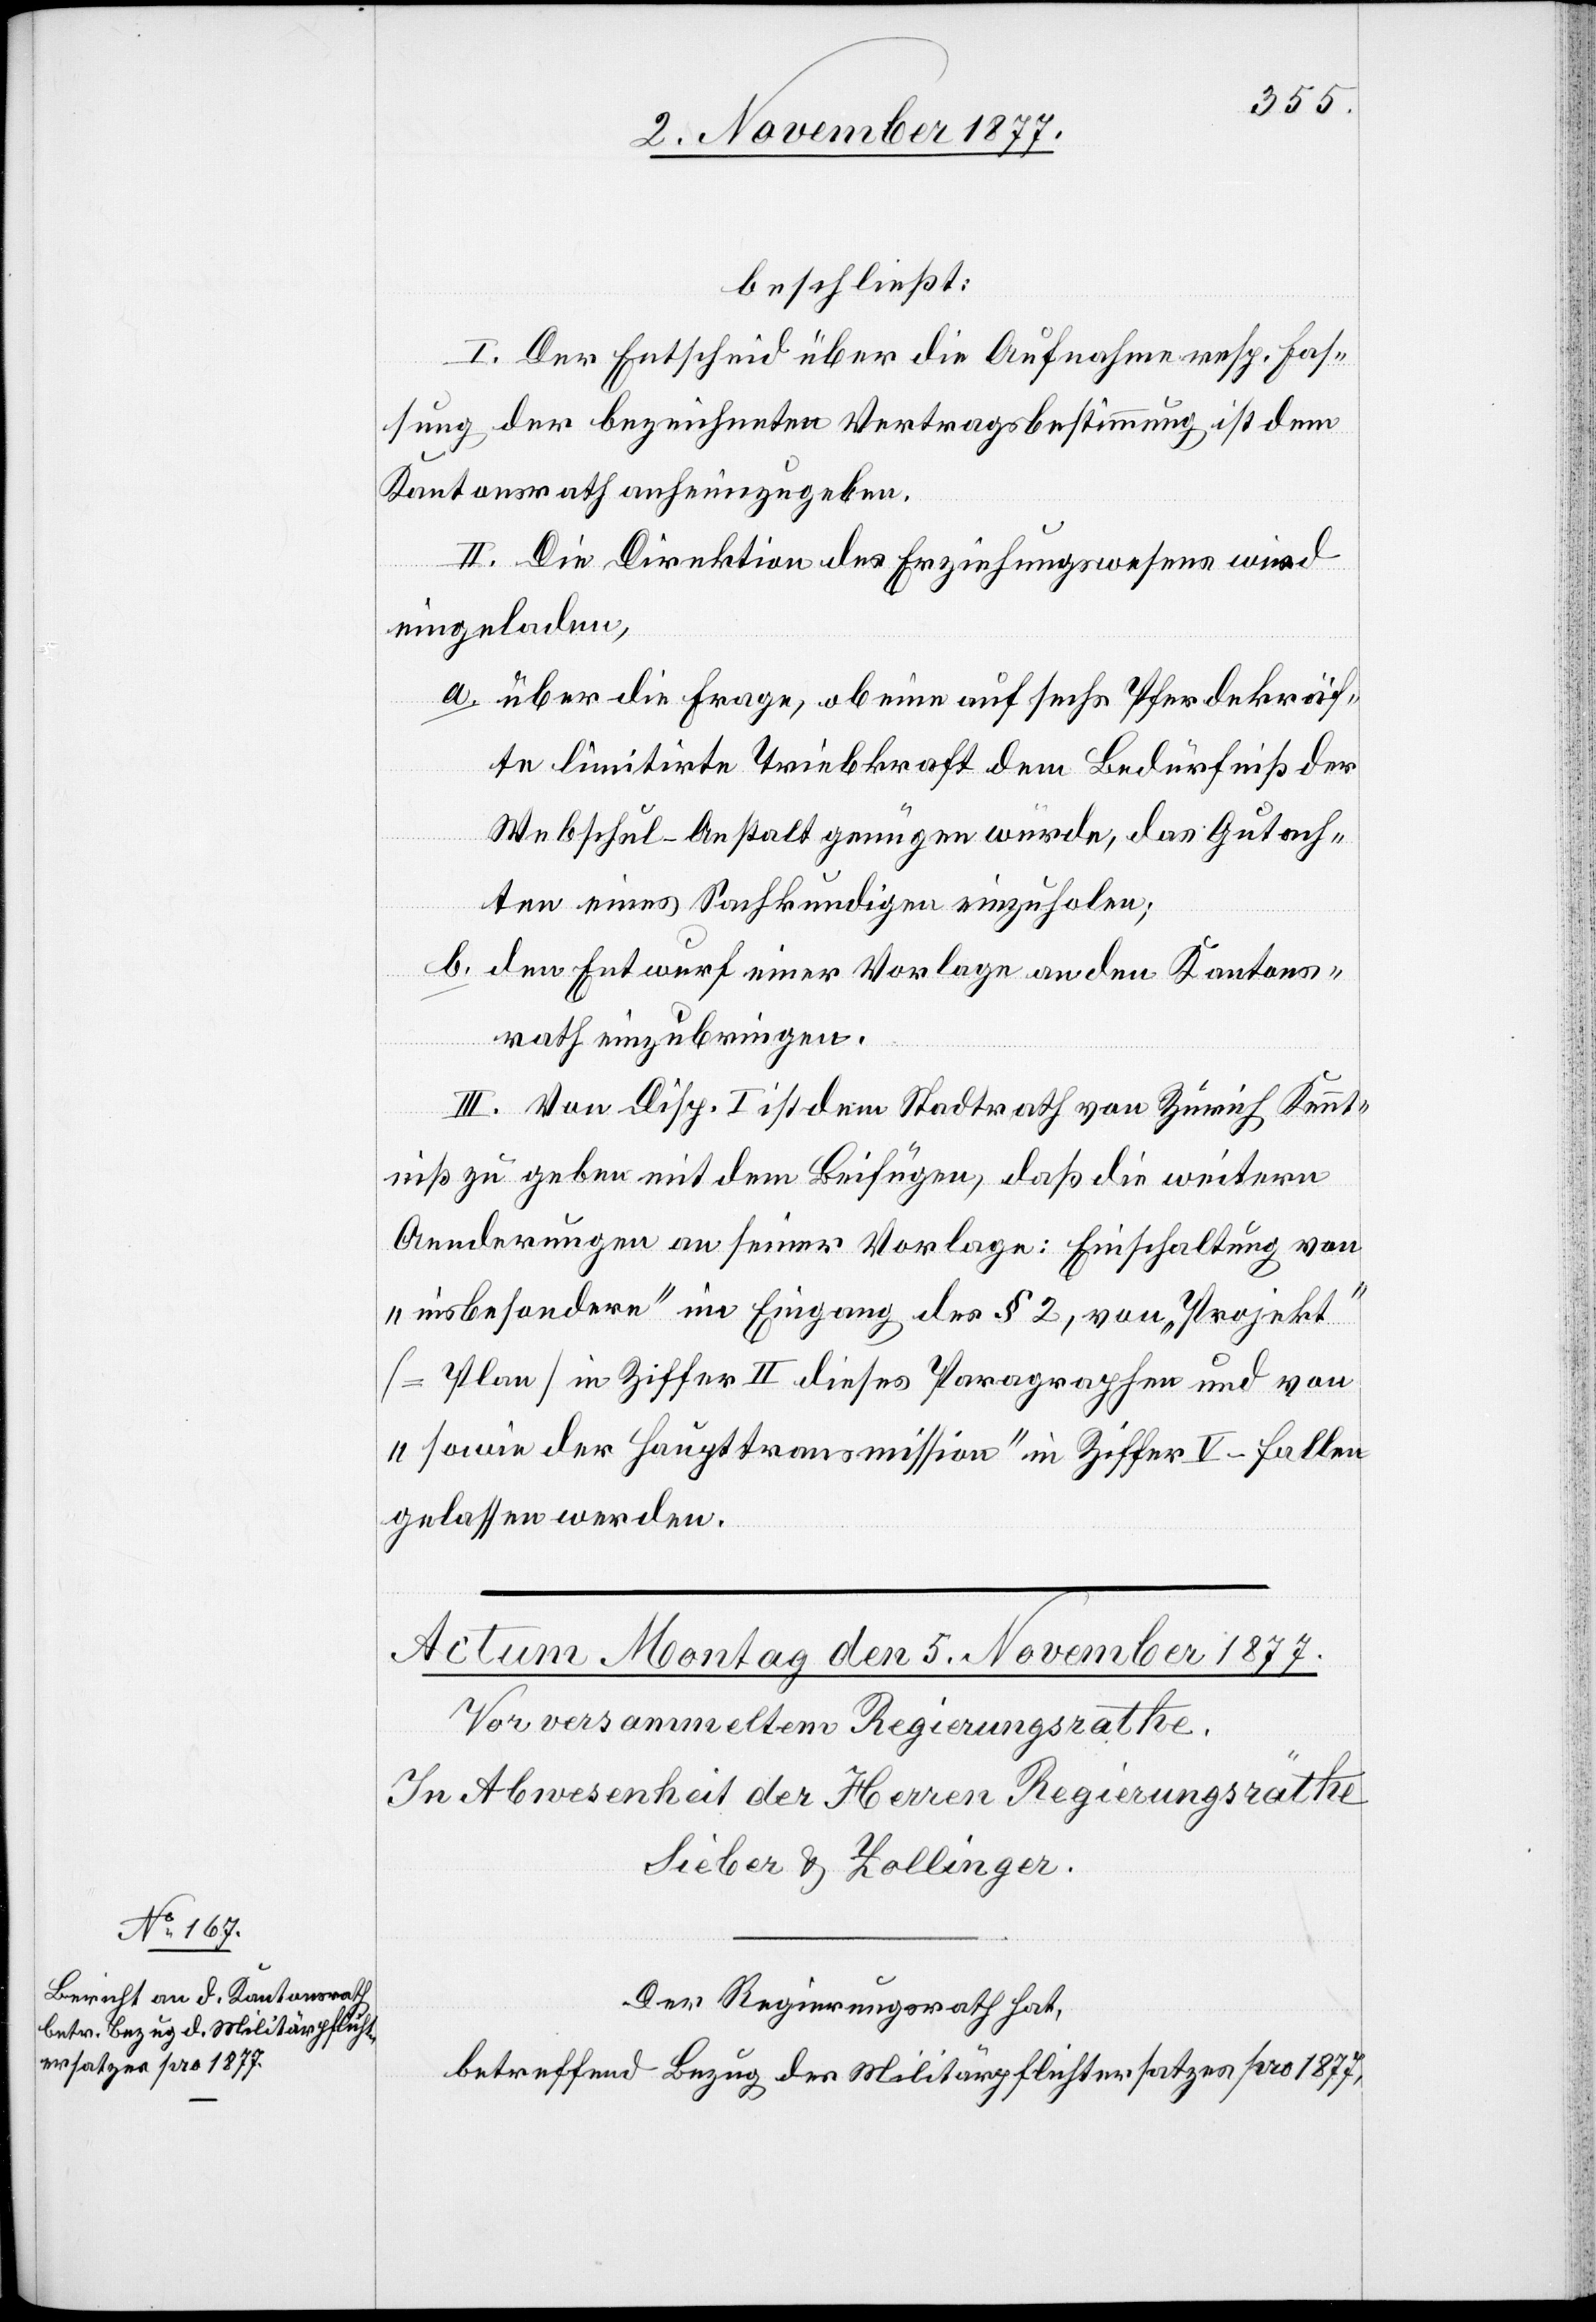
beschließt:
I. Der Entscheid über die Aufnahme resp. Fas¬
sung der bezeichneten Vertragsbestimmung ist dem
Kantonsrath anheimzugeben.
II. Die Direktion des Erziehungswesens wird
eingeladen,
über die Frage, ob eine auf sechs Pferdekräf¬
te limitirte Triebkraft dem Bedürfniß der
Webschul-Anstalt genügen würde, das Gutach¬
ten eines Sachkundigen einzuholen;
den Entwurf einer Vorlage an den Kantons¬
rath einzubringen.
III. Von Disp. I ist dem Stadtrath von Zürich Kennt¬
niß zu geben mit dem Beifügen, daß die weitern
Aenderungen an seiner Vorlage: Einschaltung von
„insbesondere“ im Eingang des § 2, von „Projekt“
Plan] in Ziffer II dieses Paragraphen und von
„sowie der Haupttransmission“ in Ziffer V – fallen
gelassen werden.
Der Regierungsrath hat,
betreffend Bezug des Militärpflichtersatzes pro 1877,